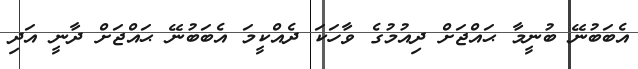
އެބަބުނޭ ބުނީމާ ޙައްޖަށް ދިއުމުގެ ވާހަކަ ދެއްކީމަ އެބަބުނޭ ޙައްޖަށް ދާނީ އަދި